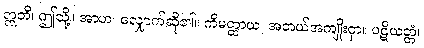
ဣတိ၊ ဤသို့။ အာဟ၊ လျှောက်ဆို၏။ ကိမတ္ထာယ၊ အဘယ်အကျိုးငှာ။ ပဋိယတ္တံ၊